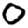
Digit: 0